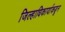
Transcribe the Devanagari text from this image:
जिल्हाधिकार्याकडून